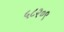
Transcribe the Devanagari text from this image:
५८२०९